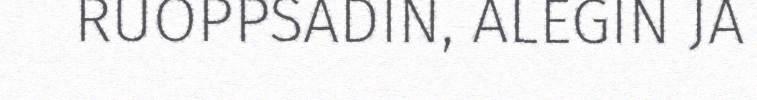
RUOPPSADIN, ALEGIN JA